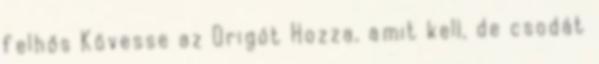
felhős Kövesse az Origót Hozza, amit kell, de csodát